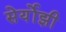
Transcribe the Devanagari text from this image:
सेर्योझी